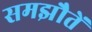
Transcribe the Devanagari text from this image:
समझौतें